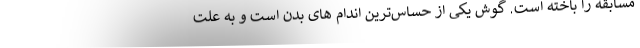
مسابقه را باخته است. گوش یکی از حساس‌ترین اندام های بدن است و به علت